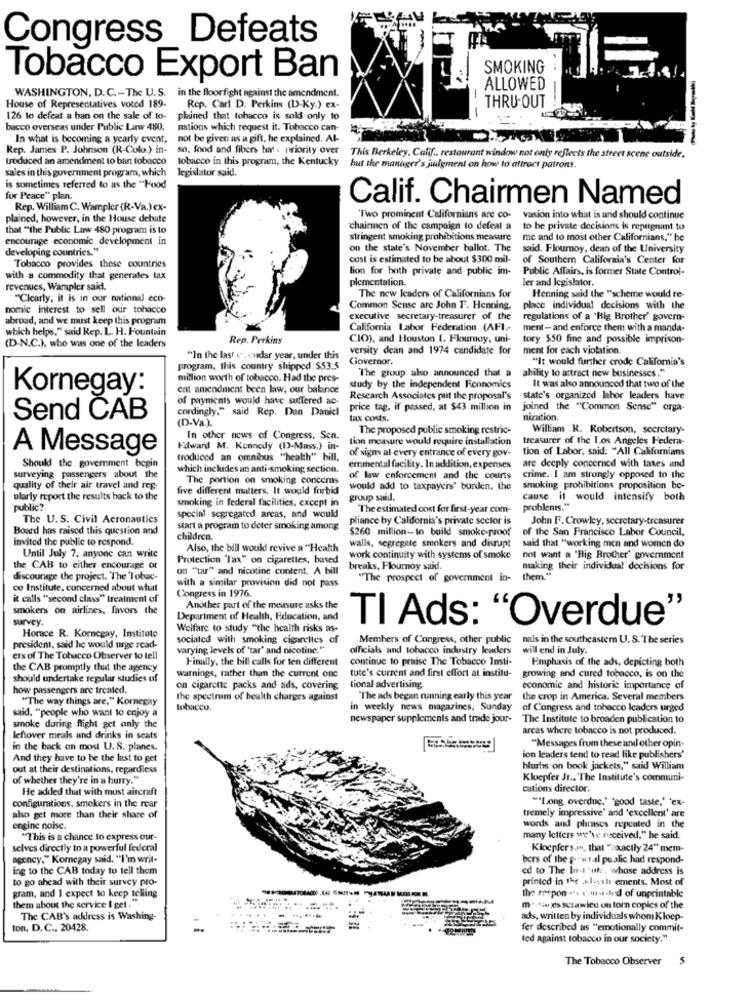
Congress Defeats
SMOKING
Tobacco Export Ban
ALLOWED
WASHINGTON, D.C .- The U.S.
in the floorfight against the amendment.
THRU-OUT
House of Representatives voted 189-
Rep. Carl D. Perkins (D-Ky.) ex-
126 to defeat a ban on the sale of to-
phined that tobacco is sold only to
bacco overseas under Public Law 480.
nations which request it. Tobacco can-
In what is becoming a yearly event,
not be given as a gift, he explained. Al-
Rep. James P. Johnson (R-Colo.) in-
so, food and fibers har priority over
treduced an amendment to ban tobacco
tobacco in this program, the Kentucky
This Berkeley, Calif .. restaurant window not only reflects the street scene outside,
sales in this government program, which
legislator said.
hut the manager's judgment on how to attract patrons.
is sometimes referred to as the "Food
for Peace" plan.
Calif. Chairmen Named
Rep. William C. Wampler (R-Va.) ex-
plained, however, in the House debate
"Two prominent Californians are co- vasion into what is and should continue
that "the Public Law 480 program is to
chairmen of the campaign to defeat a
to be private decisione is repugnant to
encourage economic development in
stringent smoking prohibitions measure
me and to most other Californians," he
developing countries."
on the state's November ballot. The
said. Flournoy, dean of the University
cost is estimated to be about $300 mil-
of Southern California's Center for
Tobacco provides these countries
lion for both private and public im-
Public Affairs, is former State Control-
with a commodity that generales tax
plementation.
ler and legislator.
revenues, Wampler said.
The new leaders of Californians for
Henning said the "scheme would re-
"Clearly, it is in our national eco
nomic interest to sell our tobacco
Common Sense are John F. Henning.
place individual decisions with the
abroad, and we must keep this program
executive secretary-treasurer of the
regulations of a 'Big Brother' govern-
which helps," said Rep. L. H. Fountain
California Labor Federation (AFI .-
ment- and enforce them with a manda-
Rep. Perkins
CIO), and Houston 1. Floumoy, uni-
tory $50 fine and possible imprison-
(D.N.C.), who was one of the leaders
versity dean and 1974 candidate for
ment for each violation.
"In the last e". «nadar year, under this
Governor.
"It would further crode California's
program, this country shipped $53.5
The group also announced that a
ability to attract new businesses."
million worth of tobacco. Had the pres-
cat amendment been law, our balance
study by the independent Fennomics
It was also announced that two of the
Kornegay:
of payments would have suffered ac-
Research Associates put the proposal's
state's organized labor leaders have
cordingly," said Rep. Den Danicl
price tag, if passed, at $43 million in
joined the "Common Sense" orga-
Send CAB
(D-Va.).
tax costs.
nization.
The proposed public smoking restric-
William R. Robertson, secretary-
In other news of Congress. Sen.
tion measure would require installation
treasurer of the Los Angeles Federa-
A Message
Edward M. Kennedy (I)-Mass.) in-
of signs al every entrance of every gov-
tion of Labor, said: "All Californians
troduced an omnibus "health" bill,
are deeply concerned with taxes and
Should the government begin
which includes an anti-smoking section.
emmental facility. In addition, expenses
surveying passengers about the
The portion on smoking concerns
of law enforcement and the courts
crime. I am strongly opposed to the
quality of their air travel and reg-
five different matters. It would forbid
would add to taxpayers' burden, the
smoking prohibitions proposition be-
ularty report the results hack to the
smoking in federal facilities, except in
group said.
cause it would intensify both
public?
The estimated cost for first-year com-
problemis."
The U.S. Civil Acronautics
special segregated arcas, and would
pliance by California's private sector is
John F.Crowley, secretary-treasurer
Board has raised this question and
start a program to deter smoking among
$260 million-to build smoke-proof
of the San Francisco Labor Council,
Invited the public to respond.
children.
walls, segregate smokers and disrupt
Also, the bill would revive a "Health
said that "working men and women do
Until July 7, anyone can write
Protection "Tax" on cigarettes, based
work continuity with systems of smoke
not want a 'Big Brother' government
the CAB to either encourage or
on "tar" and nicotine content. A bill
breaks, Flournoy said.
making their individual decisions for
discourage the project. The Tobac-
with a similar provision did not pass
"The prospect of government in-
them."
co Institute, concerned about what
Congress in 1976.
it calls "second class" treatment of
smokers on airlines, favors the
Another part of the measure asks the
survey.
Department of Health, Education, and
TI Ads: "Overdue"
Welfare to study "the health risks as-
Horace R. Kornegay, Institute
sociated with smoking cigarettes of
Members of Congress, other public nals in the southeastem U. S. The series
president, said he would urge read-
varying levels of 'tar" and nicotine."
officials and tobacco industry leaders
will end in July.
ers of The Tobucco Observer to tell
Finally, the bill calls for ten different
continue to praise The Tobacco Insti-
Emphasis of the ads, depicting both
the CAB promptly that the agency
warnings, rather than the current one
tute's current and first effort at institu-
should undertake regular studies of
growing and cured tobacco, is on the
how passengers are treated.
on cigarette packs and ads, covering
tional advertising
economie and historic importance of
"The way things are," Kornegay
the spectrum of health charges against
"The ads began running early this year
the crop in America. Several members
tobacco.
in weekly news magazines, Sunday
of Congress and tobacco leaders urged
said, "people who want to enjoy a
newspaper supplements and trade jour-
The Institute to broaden publication to
smoke during flight get only the
arcas where tobacco is not produced.
leftover meals and drinks in seats
"Messages from these and other opin-
in the back on most U. S. planes.
And they have to be the last to get
ion leaders tend to read like publishers'
out at their destinations, regardless
hlurbs on book jackets," said William
of whether they're in a hurry."
Kloepfer Jr .. The Institute's communi-
He added that with must aircraft
cations director.
configurations, smokers in the rear
""Long overdue." "good taste,' 'ex-
tremely impressive' and 'excellent' are
also get more than their share of
enginc noise.
words and phrases repeated in the
"This is a chance to express our-
many letters we've received," he said.
selves directly to a powerful federal
Klopfer san, that "exactly 24" mem-
agency," Komegay said. "I'm writ-
bers of the geral public had respond-
ing to the CAB today to tell them
ed to The lust 'ut. whose address is
to go ahead with their survey pro-
printed in the .al-vili-ements. Most of
gram, and I expect to keep telling
the respon -.. c.u.i did of unprintable
them about the service I get.
m" Au jes scrawleu on torn copies of the
The CAB's address is Washing-
ads, written by individuals whom Klocp-
ton, D. C ., 20428.
fer described as "emotionally commit-
ted against tobacco in our society."
The Tobacco Observer